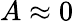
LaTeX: A\approx 0